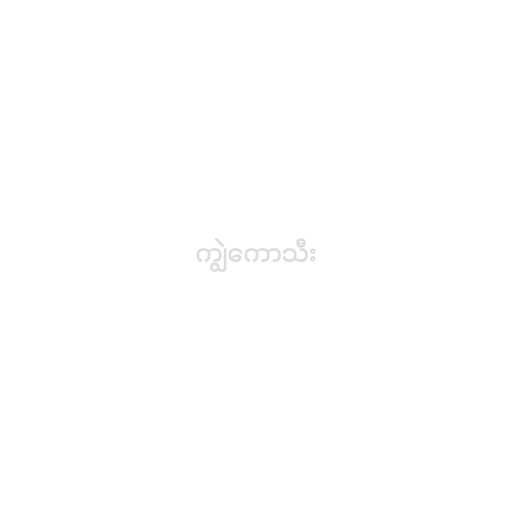
ကျွဲကောသီး